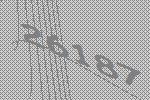
26187